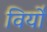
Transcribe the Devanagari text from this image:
विर्यो